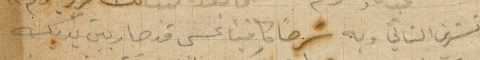
تشرين الثاني وبه شرحًا كافيًا عسى قد صار بين يديك